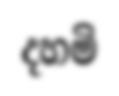
දහමි